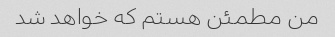
من مطمئن هستم که خواهد شد